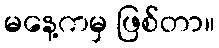
မနေ့ကမှ ဖြစ်တာ။